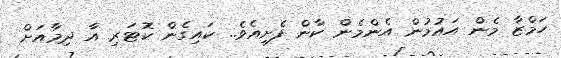
ހަމްޒާ މެން އައުމުން އެންމެން ކާން ފެށިއެވެ.. ކައިގެން ކޮޓަރި އާ ދިމާއަށް